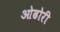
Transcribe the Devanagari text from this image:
ओढोरी